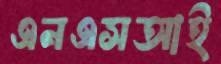
এনএসআই